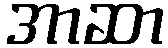
အာဆာ